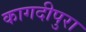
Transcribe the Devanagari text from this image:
कागदीपुरा